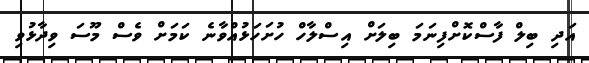
އަދި ބިލް ފާސްކޮށްފިނަމަ ބިލަށް އިސްލާހް ހުށަހަޅުއްވާނެ ކަމަށް ވެސް މޫސަ ވިދާޅުވި